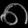
Digit: ၈